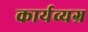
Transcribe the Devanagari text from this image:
कार्यव्यग्र